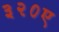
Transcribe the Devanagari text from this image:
३२०ए